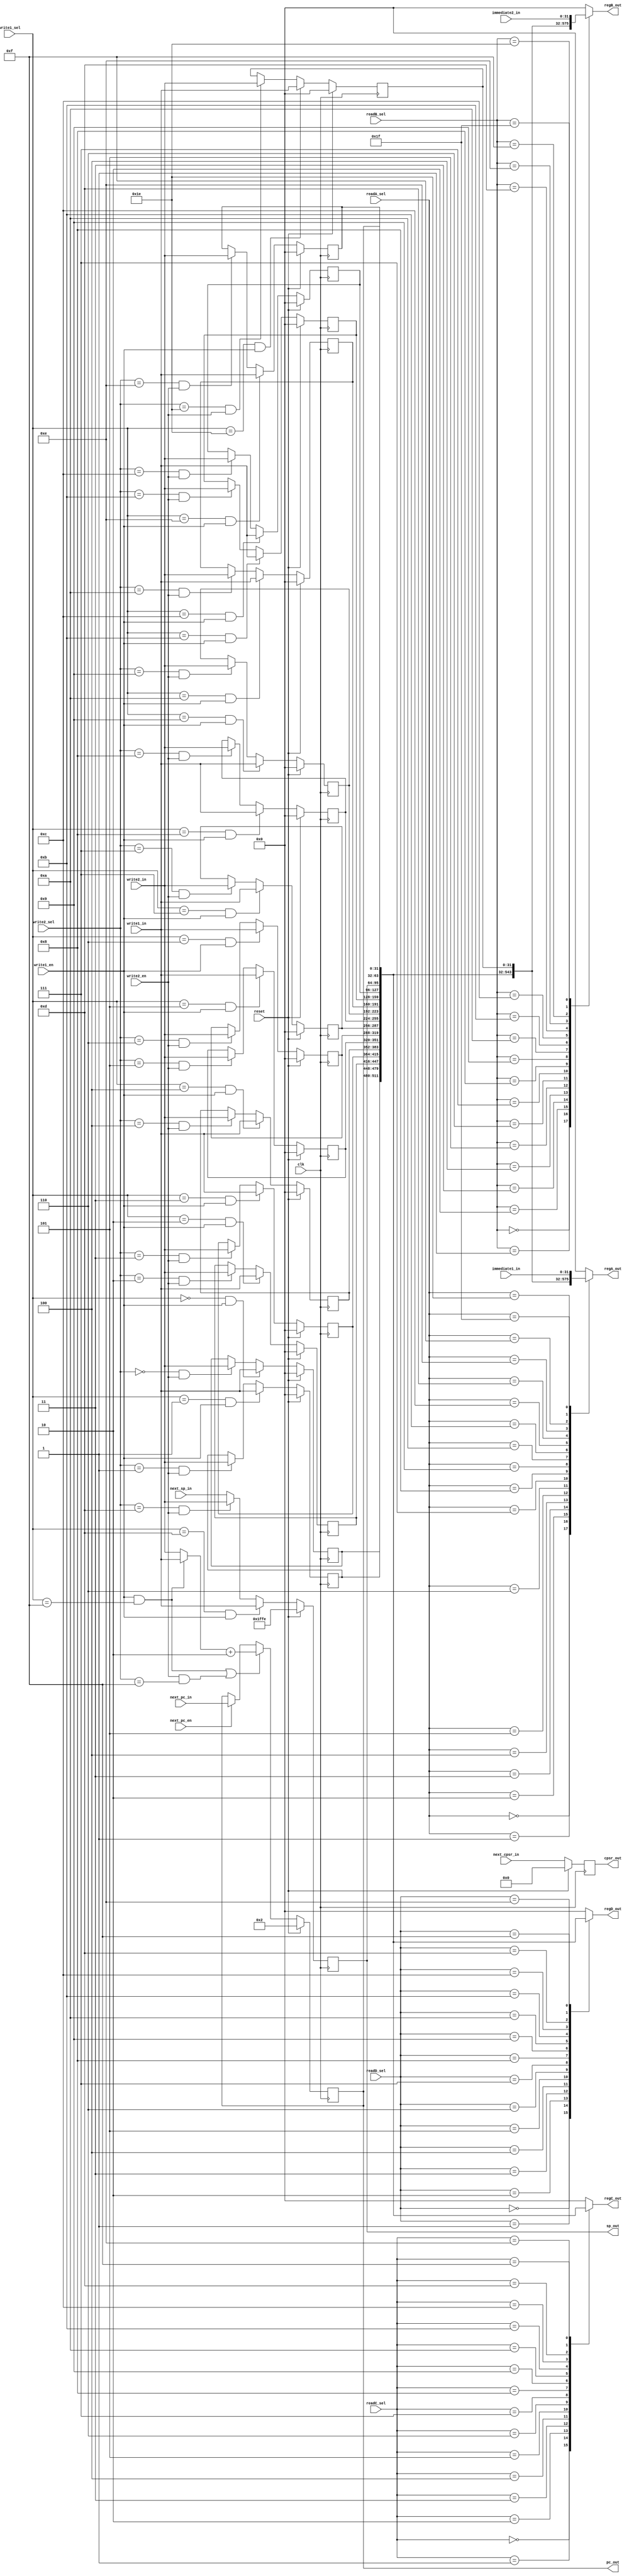
// Friday 08/04/2017

// needed: 17 registers:
// r0-r12
// r13 = SP
// r14 = LR
// r15 = PC
// r16 = tmp1
// r17 =



module register_file (
readA_sel,
readB_sel,
readC_sel,
readD_sel,
write1_sel,
write2_sel,
write1_en,
write2_en,
write1_in,
write2_in,
immediate1_in,
immediate2_in,
next_pc_in,
next_cpsr_in,
next_sp_in,
next_pc_en,
clk,
reset,
regA_out,
regB_out,
regC_out,
regD_out,
pc_out,
cpsr_out,
sp_out
);


localparam WIDE = 32;

// register selects for read_sel, write_sel
localparam R0     = 5'b00000;
localparam R1     = 5'b00001;
localparam R2     = 5'b00010;
localparam R3     = 5'b00011;
localparam R4     = 5'b00100;
localparam R5     = 5'b00101;
localparam R6     = 5'b00110;
localparam R7     = 5'b00111;
localparam R8     = 5'b01000;
localparam R9     = 5'b01001;
localparam R10    = 5'b01010;
localparam R11    = 5'b01011;
localparam R12    = 5'b01100;
localparam SP     = 5'b01101;
localparam LR     = 5'b01110;
localparam PC     = 5'b01111;

localparam NONE   = 5'b11101;  // fr synthese auf 5'b????? ndern
localparam TMP1   = 5'b11110;
localparam IMM    = 5'b11111; // immediate A can only be routed to out A, b only to output B

input wire [4:0] readA_sel;
input wire [4:0] readB_sel;
input wire [4:0] readC_sel;
input wire [4:0] readD_sel;
input wire [4:0] write1_sel;
input wire [4:0] write2_sel;
input wire write1_en;
input wire write2_en;
input wire [WIDE-1:0] write1_in;
input wire [WIDE-1:0] write2_in;
input wire [WIDE-1:0] immediate1_in;
input wire [WIDE-1:0] immediate2_in;
input wire [WIDE-1:0] next_pc_in;
input wire [3:0] next_cpsr_in;
input wire [WIDE-1:0] next_sp_in;
input wire next_pc_en;
input wire clk;
input wire reset;

output reg [WIDE-1:0] regA_out;
output reg [WIDE-1:0] regB_out;
output reg [WIDE-1:0] regC_out;
output reg [WIDE-1:0] regD_out;
output wire [WIDE-1:0] pc_out;
output wire [3:0]      cpsr_out;
output wire [WIDE-1:0] sp_out;




//registers
reg [WIDE-1:0] r0;
reg [WIDE-1:0] r1;
reg [WIDE-1:0] r2;
reg [WIDE-1:0] r3;
reg [WIDE-1:0] r4;
reg [WIDE-1:0] r5;
reg [WIDE-1:0] r6;
reg [WIDE-1:0] r7;
reg [WIDE-1:0] r8;
reg [WIDE-1:0] r9;
reg [WIDE-1:0] r10;
reg [WIDE-1:0] r11;
reg [WIDE-1:0] r12;

reg [WIDE-1:0] lr;
reg [WIDE-1:0] sp;
reg [WIDE-1:0] pc;
reg [3:0]      cpsr;
reg [WIDE-1:0] tmp1;

// input wires
reg [WIDE-1:0] r0in;
reg [WIDE-1:0] r1in;
reg [WIDE-1:0] r2in;
reg [WIDE-1:0] r3in;
reg [WIDE-1:0] r4in;
reg [WIDE-1:0] r5in;
reg [WIDE-1:0] r6in;
reg [WIDE-1:0] r7in;
reg [WIDE-1:0] r8in;
reg [WIDE-1:0] r9in;
reg [WIDE-1:0] r10in;
reg [WIDE-1:0] r11in;
reg [WIDE-1:0] r12in;

reg [WIDE-1:0] lrin;
reg [WIDE-1:0] spin;
reg [WIDE-1:0] pcin;
reg [3:0]      cpsrin;
reg [WIDE-1:0] tmp1in;
//regA out assignment with multiplexor
always @(*) begin
    case(readA_sel)
       R0   : regA_out = r0;
       R1   : regA_out = r1;
       R2   : regA_out = r2;
       R3   : regA_out = r3;
       R4   : regA_out = r4;
       R5   : regA_out = r5;
       R6   : regA_out = r6;
       R7   : regA_out = r7;
       R8   : regA_out = r8;
       R9   : regA_out = r9;
       R10  : regA_out = r10;
       R11  : regA_out = r11;
       R12  : regA_out = r12;
       SP   : regA_out = sp;
       LR   : regA_out = lr;
       PC   : regA_out = pc;
       TMP1 : regA_out = tmp1;
       IMM  : regA_out = immediate1_in; // reg A can only pass immediate1 in
    default : regA_out = {WIDE{1'b0}};
    endcase
end

// regB out assignment with multiplexor
always @(*) begin
    case(readB_sel)
      R0   : regB_out = r0;
      R1   : regB_out = r1;
      R2   : regB_out = r2;
      R3   : regB_out = r3;
      R4   : regB_out = r4;
      R5   : regB_out = r5;
      R6   : regB_out = r6;
      R7   : regB_out = r7;
      R8   : regB_out = r8;
      R9   : regB_out = r9;
      R10  : regB_out = r10;
      R11  : regB_out = r11;
      R12  : regB_out = r12;
      SP   : regB_out = sp;
      LR   : regB_out = lr;
      PC   : regB_out = pc;
      TMP1 : regB_out = tmp1;
      IMM  : regB_out = immediate2_in; // regB can only pass immediate 2 in
   default : regB_out = {WIDE{1'b0}};
    endcase
end

// regC out assignment with multiplexor
always @(*) begin
    case(readC_sel)
      R0   : regC_out = r0;
      R1   : regC_out = r1;
      R2   : regC_out = r2;
      R3   : regC_out = r3;
      R4   : regC_out = r4;
      R5   : regC_out = r5;
      R6   : regC_out = r6;
      R7   : regC_out = r7;
      R8   : regC_out = r8;
      R9   : regC_out = r9;
      R10  : regC_out = r10;
      R11  : regC_out = r11;
      R12  : regC_out = r12;
      SP   : regC_out = sp;
      LR   : regC_out = lr;
      PC   : regC_out = pc;
   default : regC_out = {WIDE{1'b0}};
      //TMP1 :
      //IMM  :
   endcase
end

// regD out assignment with multiplexor
always @(*) begin
    case(readD_sel)
      R0   : regD_out = r0;
      R1   : regD_out = r1;
      R2   : regD_out = r2;
      R3   : regD_out = r3;
      R4   : regD_out = r4;
      R5   : regD_out = r5;
      R6   : regD_out = r6;
      R7   : regD_out = r7;
      R8   : regD_out = r8;
      R9   : regD_out = r9;
      R10  : regD_out = r10;
      R11  : regD_out = r11;
      R12  : regD_out = r12;
      SP   : regD_out = sp;
      LR   : regD_out = lr;
      PC   : regD_out = pc;
   default : regD_out = {WIDE{1'b0}};
      //TMP1 :
      //IMM  :
   endcase
end

// pc out assignment
assign pc_out = pc;

//cpsr_out assignment
assign cpsr_out = cpsr;

assign sp_out = sp;

// all registers are assigned a value in every clock cycle; if not selected from write port, it is the old one

// r0
always @(*) begin
    if(reset)
        r0in= 32'b0000_0000_0000_0000_0000_0000_0000_0000;
    else if (write1_sel==R0 && write1_en)
        r0in = write1_in;
    else if (write2_sel==R0 && write2_en)
        r0in = write2_in;
    else
        r0in= r0;
end

// r1
always @(*) begin
    if(reset)
        r1in= 32'b0000_0000_0000_0000_0000_0000_0000_0000;
    else if (write1_sel==R1 && write1_en)
        r1in = write1_in;
    else if (write2_sel==R1 && write2_en)
        r1in = write2_in;
    else
        r1in= r1;
end

// r2
always @(*) begin
    if(reset)
        r2in= 32'b0000_0000_0000_0000_0000_0000_0000_0000;
    else if (write1_sel==R2 && write1_en)
        r2in = write1_in;
    else if (write2_sel==R2 && write2_en)
        r2in = write2_in;
    else
        r2in= r2;
end

// r3
always @(*) begin
    if(reset)
        r3in= 32'b0000_0000_0000_0000_0000_0000_0000_0000;
    else if (write1_sel==R3 && write1_en)
        r3in = write1_in;
    else if (write2_sel==R3 && write2_en)
        r3in = write2_in;
    else
        r3in= r3;
end

// r4
always @(*) begin
    if(reset)
        r4in= 32'b0000_0000_0000_0000_0000_0000_0000_0000;
    else if (write1_sel==R4 && write1_en)
        r4in = write1_in;
    else if (write2_sel==R4 && write2_en)
        r4in = write2_in;
    else
        r4in= r4;
end

// r5
always @(*) begin
    if(reset)
        r5in= 32'b0000_0000_0000_0000_0000_0000_0000_0000;
    else if (write1_sel==R5 && write1_en)
        r5in = write1_in;
    else if (write2_sel==R5 && write2_en)
        r5in = write2_in;
    else
        r5in= r5;
end

// r6
always @(*) begin
    if(reset)
        r6in= 32'b0000_0000_0000_0000_0000_0000_0000_0000;
    else if (write1_sel==R6 && write1_en)
        r6in = write1_in;
    else if (write2_sel==R6 && write2_en)
        r6in = write2_in;
    else
        r6in= r6;
end

// r7
always @(*) begin
    if(reset)
        r7in= 32'b0000_0000_0000_0000_0000_0000_0000_0000;
    else if (write1_sel==R7 && write1_en)
        r7in = write1_in;
    else if (write2_sel==R7 && write2_en)
        r7in = write2_in;
    else
        r7in= r7;
end

// r8
always @(*) begin
    if(reset)
        r8in= 32'b0000_0000_0000_0000_0000_0000_0000_0000;
    else if (write1_sel==R8 && write1_en)
        r8in = write1_in;
    else if (write2_sel==R8 && write2_en)
        r8in = write2_in;
    else
        r8in= r8;
end

// r9
always @(*) begin
    if(reset)
        r9in= 32'b0000_0000_0000_0000_0000_0000_0000_0000;
    else if (write1_sel==R9 && write1_en)
        r9in = write1_in;
    else if (write2_sel==R9 && write2_en)
        r9in = write2_in;
    else
        r9in= r9;
end

// r10
always @(*) begin
    if(reset)
        r10in= 32'b0000_0000_0000_0000_0000_0000_0000_0000;
    else if (write1_sel==R10 && write1_en)
        r10in = write1_in;
    else if (write2_sel==R10 && write2_en)
        r10in = write2_in;
    else
        r10in= r10;
end

// r11
always @(*) begin
    if(reset)
        r11in= 32'b0000_0000_0000_0000_0000_0000_0000_0000;
    else if (write1_sel==R11 && write1_en)
        r11in = write1_in;
    else if (write2_sel==R11 && write2_en)
        r11in = write2_in;
    else
        r11in= r11;
end

// r12
always @(*) begin
    if(reset)
        r12in= 32'b0000_0000_0000_0000_0000_0000_0000_0000;
    else if (write1_sel==R12 && write1_en)
        r12in = write1_in;
    else if (write2_sel==R12 && write2_en)
        r12in = write2_in;
    else
        r12in= r12;
end
// special registers
// r13 = sp
always @(*) begin
    if(reset)
        spin= 32'b0000_0000_0000_0000_0001_1111_1111_1110;
    else if (write1_sel==SP && write1_en)
        spin = write1_in;
    else if (write2_sel==SP && write2_en)
        spin = write2_in;
    else
        spin= next_sp_in;
end

// r14 = LR
always @(*) begin
    if(reset)
        lrin = 32'b0000_0000_0000_0000_0000_0000_0000_0000;
    else if(write1_sel==LR && write1_en)
        lrin = write1_in;
    else if (write2_sel==LR && write2_en)
        lrin = write2_in;
    else
        lrin= lr;
end

//PC output = r16
wire [WIDE-1:0] pc_write_in;
wire [WIDE-1:0] pc_pc_in;
wire pc_write_select;

assign pc_write_select = (write1_en && write1_sel==PC) | (write2_en && write2_sel==PC);

assign pc_pc_in        = next_pc_en ? next_pc_in : pc;
assign pc_write_in     = (write1_en && write1_sel==PC) ? write1_in : write2_in;

wire [WIDE-1:0] pc_write_in_plus_two;
assign pc_write_in_plus_two = pc_write_in + 2;

always @(*) begin
  if(reset)
    pcin = 32'b0000_0000_0000_0000_0000_0000_0000_0010;
  else
    pcin = pc_write_select ? pc_write_in_plus_two : pc_pc_in;
end

// r17 = tmp;
always @(*) begin
    if(reset)
        tmp1in = 32'b0000_0000_0000_0000_0000_0000_0000_0000;
    else if (write1_sel==TMP1 && write1_en)
        tmp1in = write1_in;
    else if (write2_sel==TMP1 && write2_en)
        tmp1in = write2_in;
    else
        tmp1in= tmp1;
end

// cpsr
always @(*) begin
    if(reset)
        cpsrin = 4'b0000;
    else
        cpsrin = next_cpsr_in;
end


// make all registers flipflops:
always @(posedge clk) begin
   r0   <= r0in;
   r1   <= r1in;
   r2   <= r2in;
   r3   <= r3in;
   r4   <= r4in;
   r5   <= r5in;
   r6   <= r6in;
   r7   <= r7in;
   r8   <= r8in;
   r9   <= r9in;
   r10  <= r10in;
   r11  <= r11in;
   r12  <= r12in;
   lr   <= lrin;
   sp   <= spin;
   pc   <= pcin;
   cpsr <= cpsrin;
   tmp1 <= tmp1in;
end


endmodule